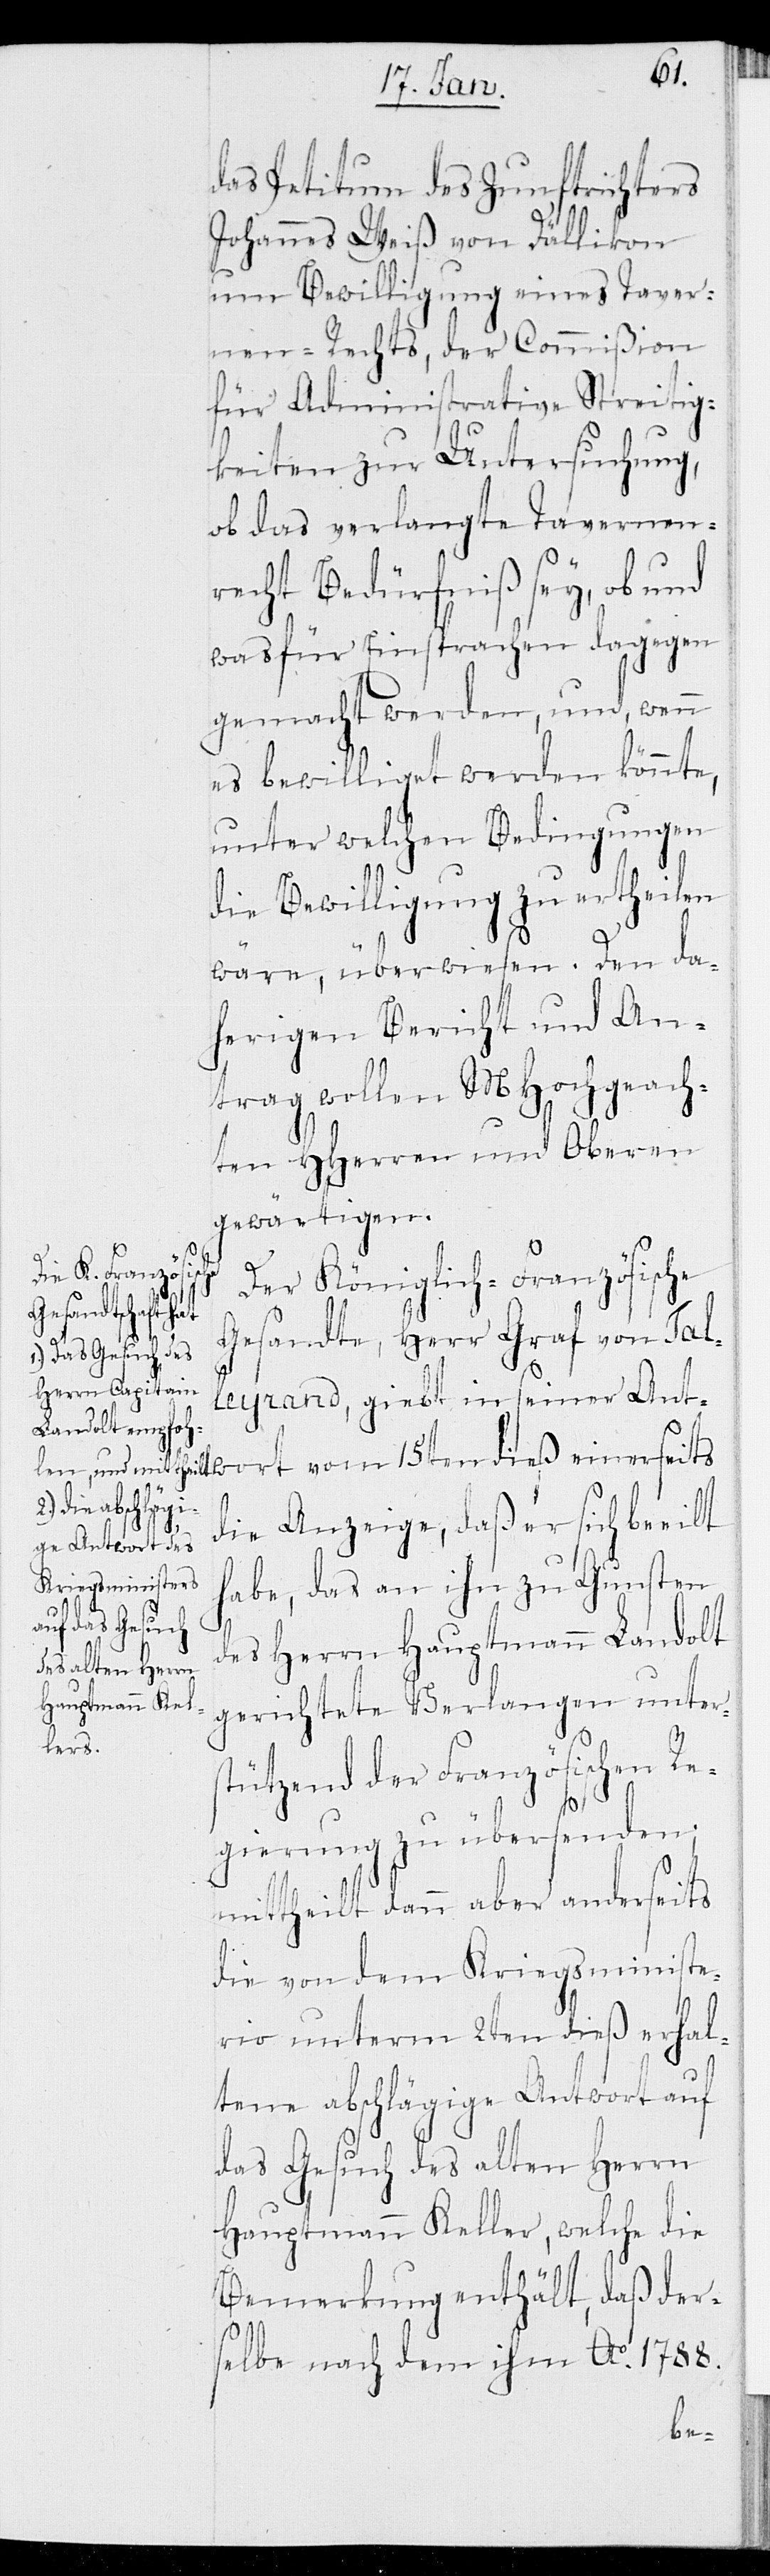
das Petitum des Zunftrichters
Johannes Weiß von Dällikon
um Bewilligung eines Taver¬
nen-Rechts, der Commißion
für Administrative Streitig¬
keiten zur Untersuchung,
ob das verlangte Tavernen¬
recht Bedürfniß sey, ob und
was für Einsprachen dagegen
gemacht werden, und, wenn
es bewilliget werden könnte,
unter welchen Bedingungen
die Bewilligung zu ertheilen
wäre, überwiesen. Den da¬
herigen Bericht und An¬
trag wollen MHochgeach¬
ten HHerren und Oberen
gewärtigen.
einerseits
Der Königlich-Französische
Gesandte, Herr Graf von Tal¬
leyrand, giebt in seiner Ant¬
die Anzeige, daß er sich beeilt
habe, das an ihn zu Gunsten
des Herrn Hauptmann Landolt
gerichtete Verlangen unters¬
tützend der Französischen Re¬
gierung zu übersenden;
mittheilt dann aber anderseits
die von dem Kriegsministe¬
rio unterm 2ten dieß erhal¬
tene abschlägige Antwort auf
das Gesuch des alten Herrn
Hauptmann Keller, welche die
Bemerkung enthält, daß der¬
wort
selbe nach dem ihm Ao 1788.